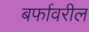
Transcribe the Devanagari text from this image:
बर्फावरील